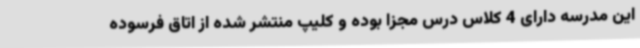
این مدرسه دارای 4 کلاس درس مجزا بوده و کلیپ منتشر شده از اتاق فرسوده